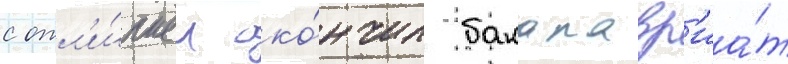
с отл'и́чием око́нчил бакалавр'иа́т